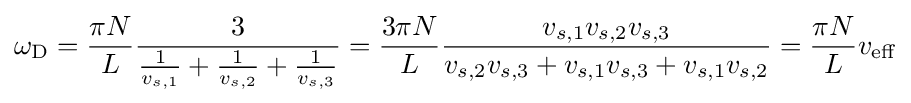
\omega _{\rm {D}}={\frac {\pi N}{L}}{\frac {3}{{\frac {1}{v_{s,1}}}+{\frac {1}{v_{s,2}}}+{\frac {1}{v_{s,3}}}}}={\frac {3\pi N}{L}}{\frac {v_{s,1}v_{s,2}v_{s,3}}{v_{s,2}v_{s,3}+v_{s,1}v_{s,3}+v_{s,1}v_{s,2}}}={\frac {\pi N}{L}}v_{\mathrm {eff} }